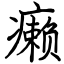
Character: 癞